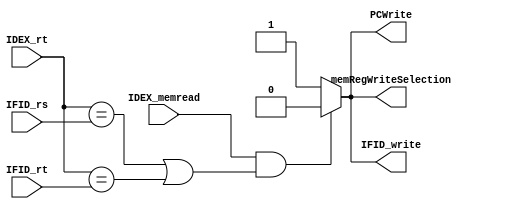
module hazard_detection_unit(IDEX_memread, IDEX_rt, IFID_rs, IFID_rt, PCWrite, IFID_write, memRegWriteSelection);
	input IDEX_memread;
	input [4:0] IDEX_rt, IFID_rs, IFID_rt;
	output reg PCWrite, IFID_write, memRegWriteSelection;
	
	always @(*) begin
	
		PCWrite <= 1;
		IFID_write <= 1;
		memRegWriteSelection <= 1;
			//lw s1 0(t1)
			//add t2 s1 s2
		if(IDEX_memread && (IDEX_rt == IFID_rs || IDEX_rt == IFID_rt)) begin
			PCWrite <= 0;
			IFID_write <= 0;
			memRegWriteSelection <= 0;	
		end
	end
endmodule